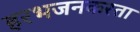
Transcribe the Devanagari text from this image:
हरभजनकरता